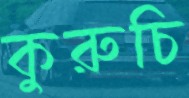
কুরুচি